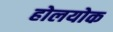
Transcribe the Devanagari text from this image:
होलयोक